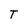
Character: T